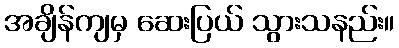
အချိန်ကျမှ ဆေးပြယ် သွားသနည်း။